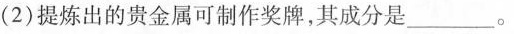
（2）提炼出的贵金属可制作奖牌，其成分是___。